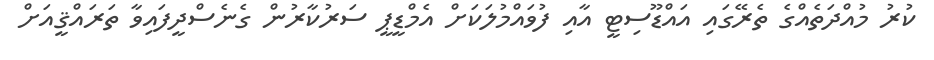
ކުރު މުއްދަތެއްގެ ތެރޭގައި އައްޑޫސިޓީ އާއި ފުވައްމުލަކަށް އެމްޑީޕީ ސަރުކާރުން ގެނެސްދީފައިވާ ތަރައްޤީއަށް